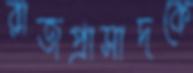
রাজপ্রাসাদকে